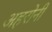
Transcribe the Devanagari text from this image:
अहरोनी